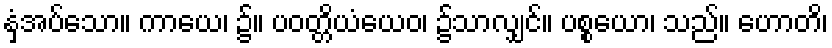
နှံ့အပ်သော။ ကာယေ၊ ၌။ ပဝတ္တိယံယေဝ၊ ၌သာလျှင်။ ပစ္စယော၊ သည်။ ဟောတိ၊